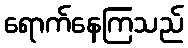
ရောက်နေကြသည်